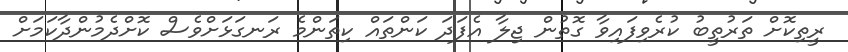
ރީތިކޮށް ތަރުތީބު ކުރެވިފައިވާ ގޮތުން ޖިލާ އެފަދަ ކަންތައް ކިތަންމެ ރަނގަޅަށްވެސް ކޮށްދެމުންދާކަމަށް